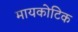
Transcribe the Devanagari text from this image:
मायकोटिक